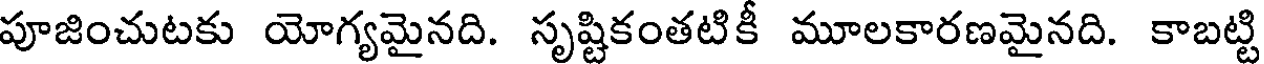
పూజించుటకు యోగ్యమైనది. సృష్టికంతటికీ మూలకారణమైనది. కాబట్టి